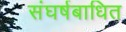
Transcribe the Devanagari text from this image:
संघर्षबाधित